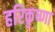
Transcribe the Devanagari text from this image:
हरिकृष्णा